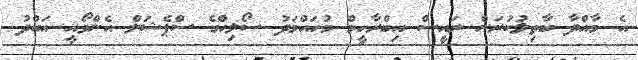
އެ މާއްދާ ބާތިލުކުރަން ރައީސް އިބްރާހީމް މުހައްމަދު ސޯލިހްގެ ސްޕެޝަލް އެންވޯއީ އަބްދު